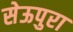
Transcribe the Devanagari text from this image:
सेऊपुरा